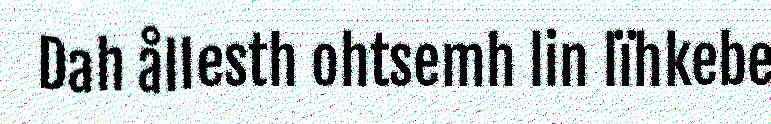
Dah ållesth ohtsemh lin lïhkebe